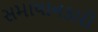
સમાધાનકારી